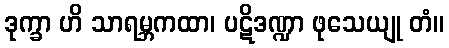
ဒုက္ခာ ဟိ သာရမ္ဘကထာ၊ ပဋိဒဏ္ဍာ ဖုသေယျု တံ။